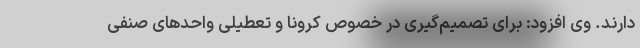
دارند. وی افزود: برای تصمیم‌گیری در خصوص کرونا و تعطیلی واحدهای صنفی